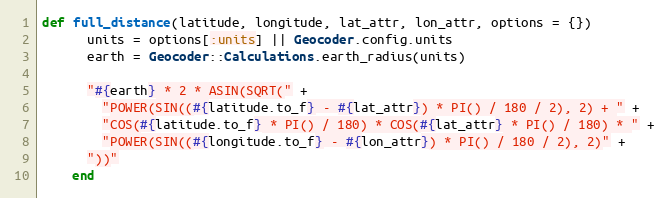
Language: Ruby
def full_distance(latitude, longitude, lat_attr, lon_attr, options = {})
      units = options[:units] || Geocoder.config.units
      earth = Geocoder::Calculations.earth_radius(units)

      "#{earth} * 2 * ASIN(SQRT(" +
        "POWER(SIN((#{latitude.to_f} - #{lat_attr}) * PI() / 180 / 2), 2) + " +
        "COS(#{latitude.to_f} * PI() / 180) * COS(#{lat_attr} * PI() / 180) * " +
        "POWER(SIN((#{longitude.to_f} - #{lon_attr}) * PI() / 180 / 2), 2)" +
      "))"
    end